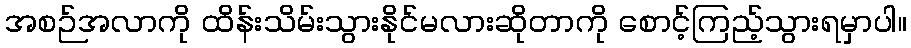
အစဉ်အလာကို ထိန်းသိမ်းသွားနိုင်မလားဆိုတာကို စောင့်ကြည့်သွားရမှာပါ။